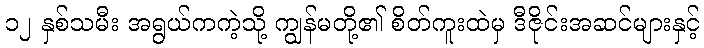
၁၂ နှစ်သမီး အရွယ်ကကဲ့သို့ ကျွန်မတို့၏ စိတ်ကူးထဲမှ ဒီဇိုင်းအဆင်များနှင့်